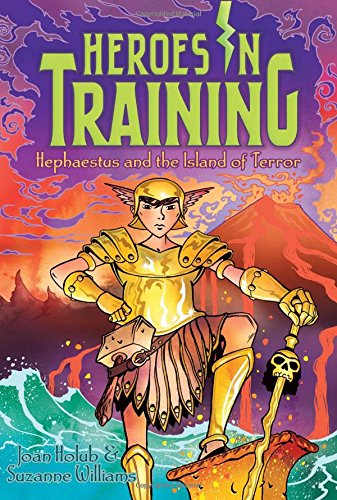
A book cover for Hephaestus and the Island of Terror (Heroes in Training); Joan Holub; Children's Books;